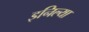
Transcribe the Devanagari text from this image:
इनिल्या